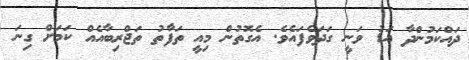
ދައްކަމުންދާ އަޑު ވަނީ ގަދަވެފައެވެ. އެގޮތުން މިއީ ތަފާތު ތަޖްރިބާއެއް ކަމަށް ގިނަ